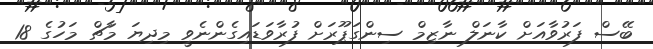
ބޭސް ފަރުވާއަށް ކާނަލް ނާޒިމް ސިންގަޕޫރަށް ފުރާވަޑައިގެންނެވީ މިދިޔަ މާޗް މަހުގެ 18